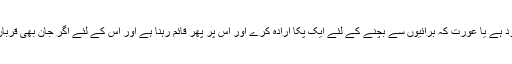
’’پس یہ معیار ہے ایک مومن کا چاہے وہ مرد ہے یا عورت کہ برائیوں سے بچنے کے لئے ایک پکا ارادہ کرے اور اس پر پھر قائم رہنا ہے اور اس کے لئے اگر جان بھی قربان کرنی پڑے تو اس کی بھی پروا نہیں کرنی۔